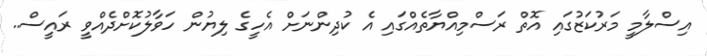
އިސްލާމީ މަރުކަޒުގައި އޮތް ރަސްމިއްޔާތެއްގައި އެ ކުދިންނަށް އެހީގެ ލިޔުން ހަވާލުކޮށްދެއްވީ ރައީސް..